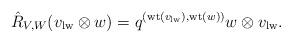
LaTeX: \begin{align*}\hat{R}_{V,W} (v_{\mathrm{lw}} \otimes w) = q^{(\mathrm{wt}(v_{\mathrm{lw}}), \mathrm{wt}(w))} w\otimes v_{\mathrm{lw}}.\end{align*}